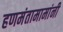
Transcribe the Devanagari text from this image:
हणमंतामामांनी